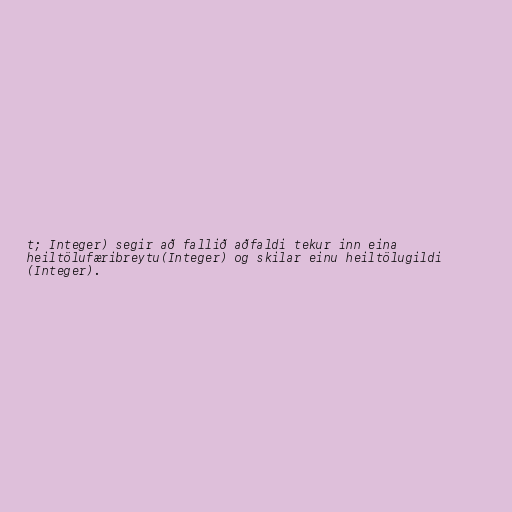
t; Integer) segir að fallið aðfaldi tekur inn eina
heiltölufæribreytu(Integer) og skilar einu heiltölugildi
(Integer).